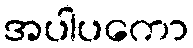
အပါပကော